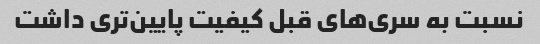
نسبت به سری‌های قبل کیفیت پایین‌تری داشت